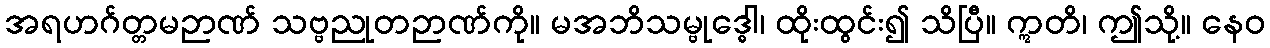
အရဟဂ်တ္တမဉာဏ် သဗ္ဗညုတဉာဏ်ကို။ မအဘိသမ္ဗုဒ္ဓေါ၊ ထိုးထွင်း၍ သိပြီ။ ဣတိ၊ ဤသို့။ နေဝ